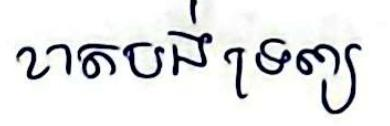
ខាតបង់ទ្រព្យ